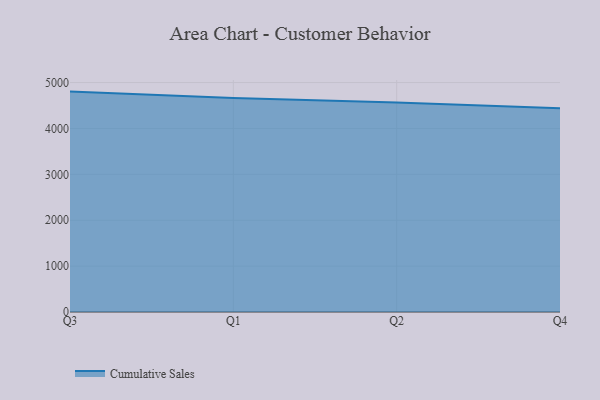
{"axis": {"x": "Quarter", "y": "Conversion Rate (%)"}, "legend": ["Cumulative Sales"], "data": [{"x": "Q3", "y": 4802.6, "type": "Cumulative Sales"}, {"x": "Q1", "y": 4663.9, "type": "Cumulative Sales"}, {"x": "Q2", "y": 4564.5, "type": "Cumulative Sales"}, {"x": "Q4", "y": 4438.0, "type": "Cumulative Sales"}]}